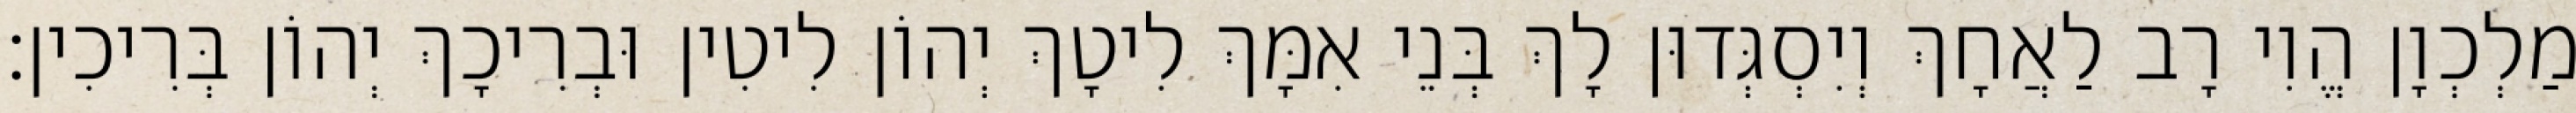
מַלְכְוָן הֱוִי רָב לַאֲחָךְ וְיִסְגְּדוּן לָךְ בְּנֵי אִמָּךְ לִיטָךְ יְהוֹן לִיטִין וּבְרִיכָךְ יְהוֹן בְּרִיכִין׃